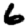
Digit: 6